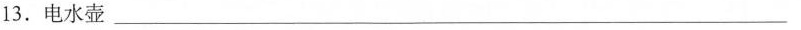
13.电水壶